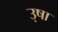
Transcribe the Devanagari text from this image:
उ़षा